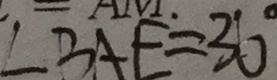
\angle B A E = 3 6 ^ { \circ }